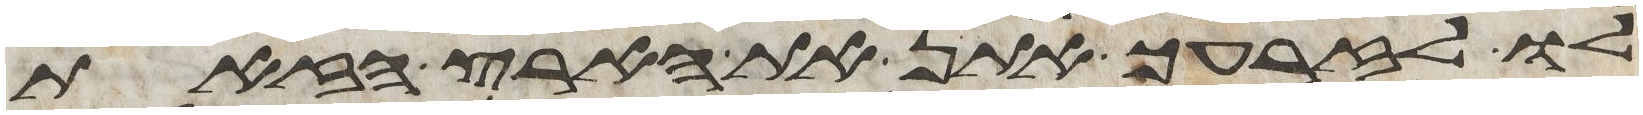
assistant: לו לזרעך אתן את הארץ הזאת